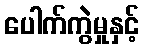
ပေါက်ကွဲမှုနှင့်